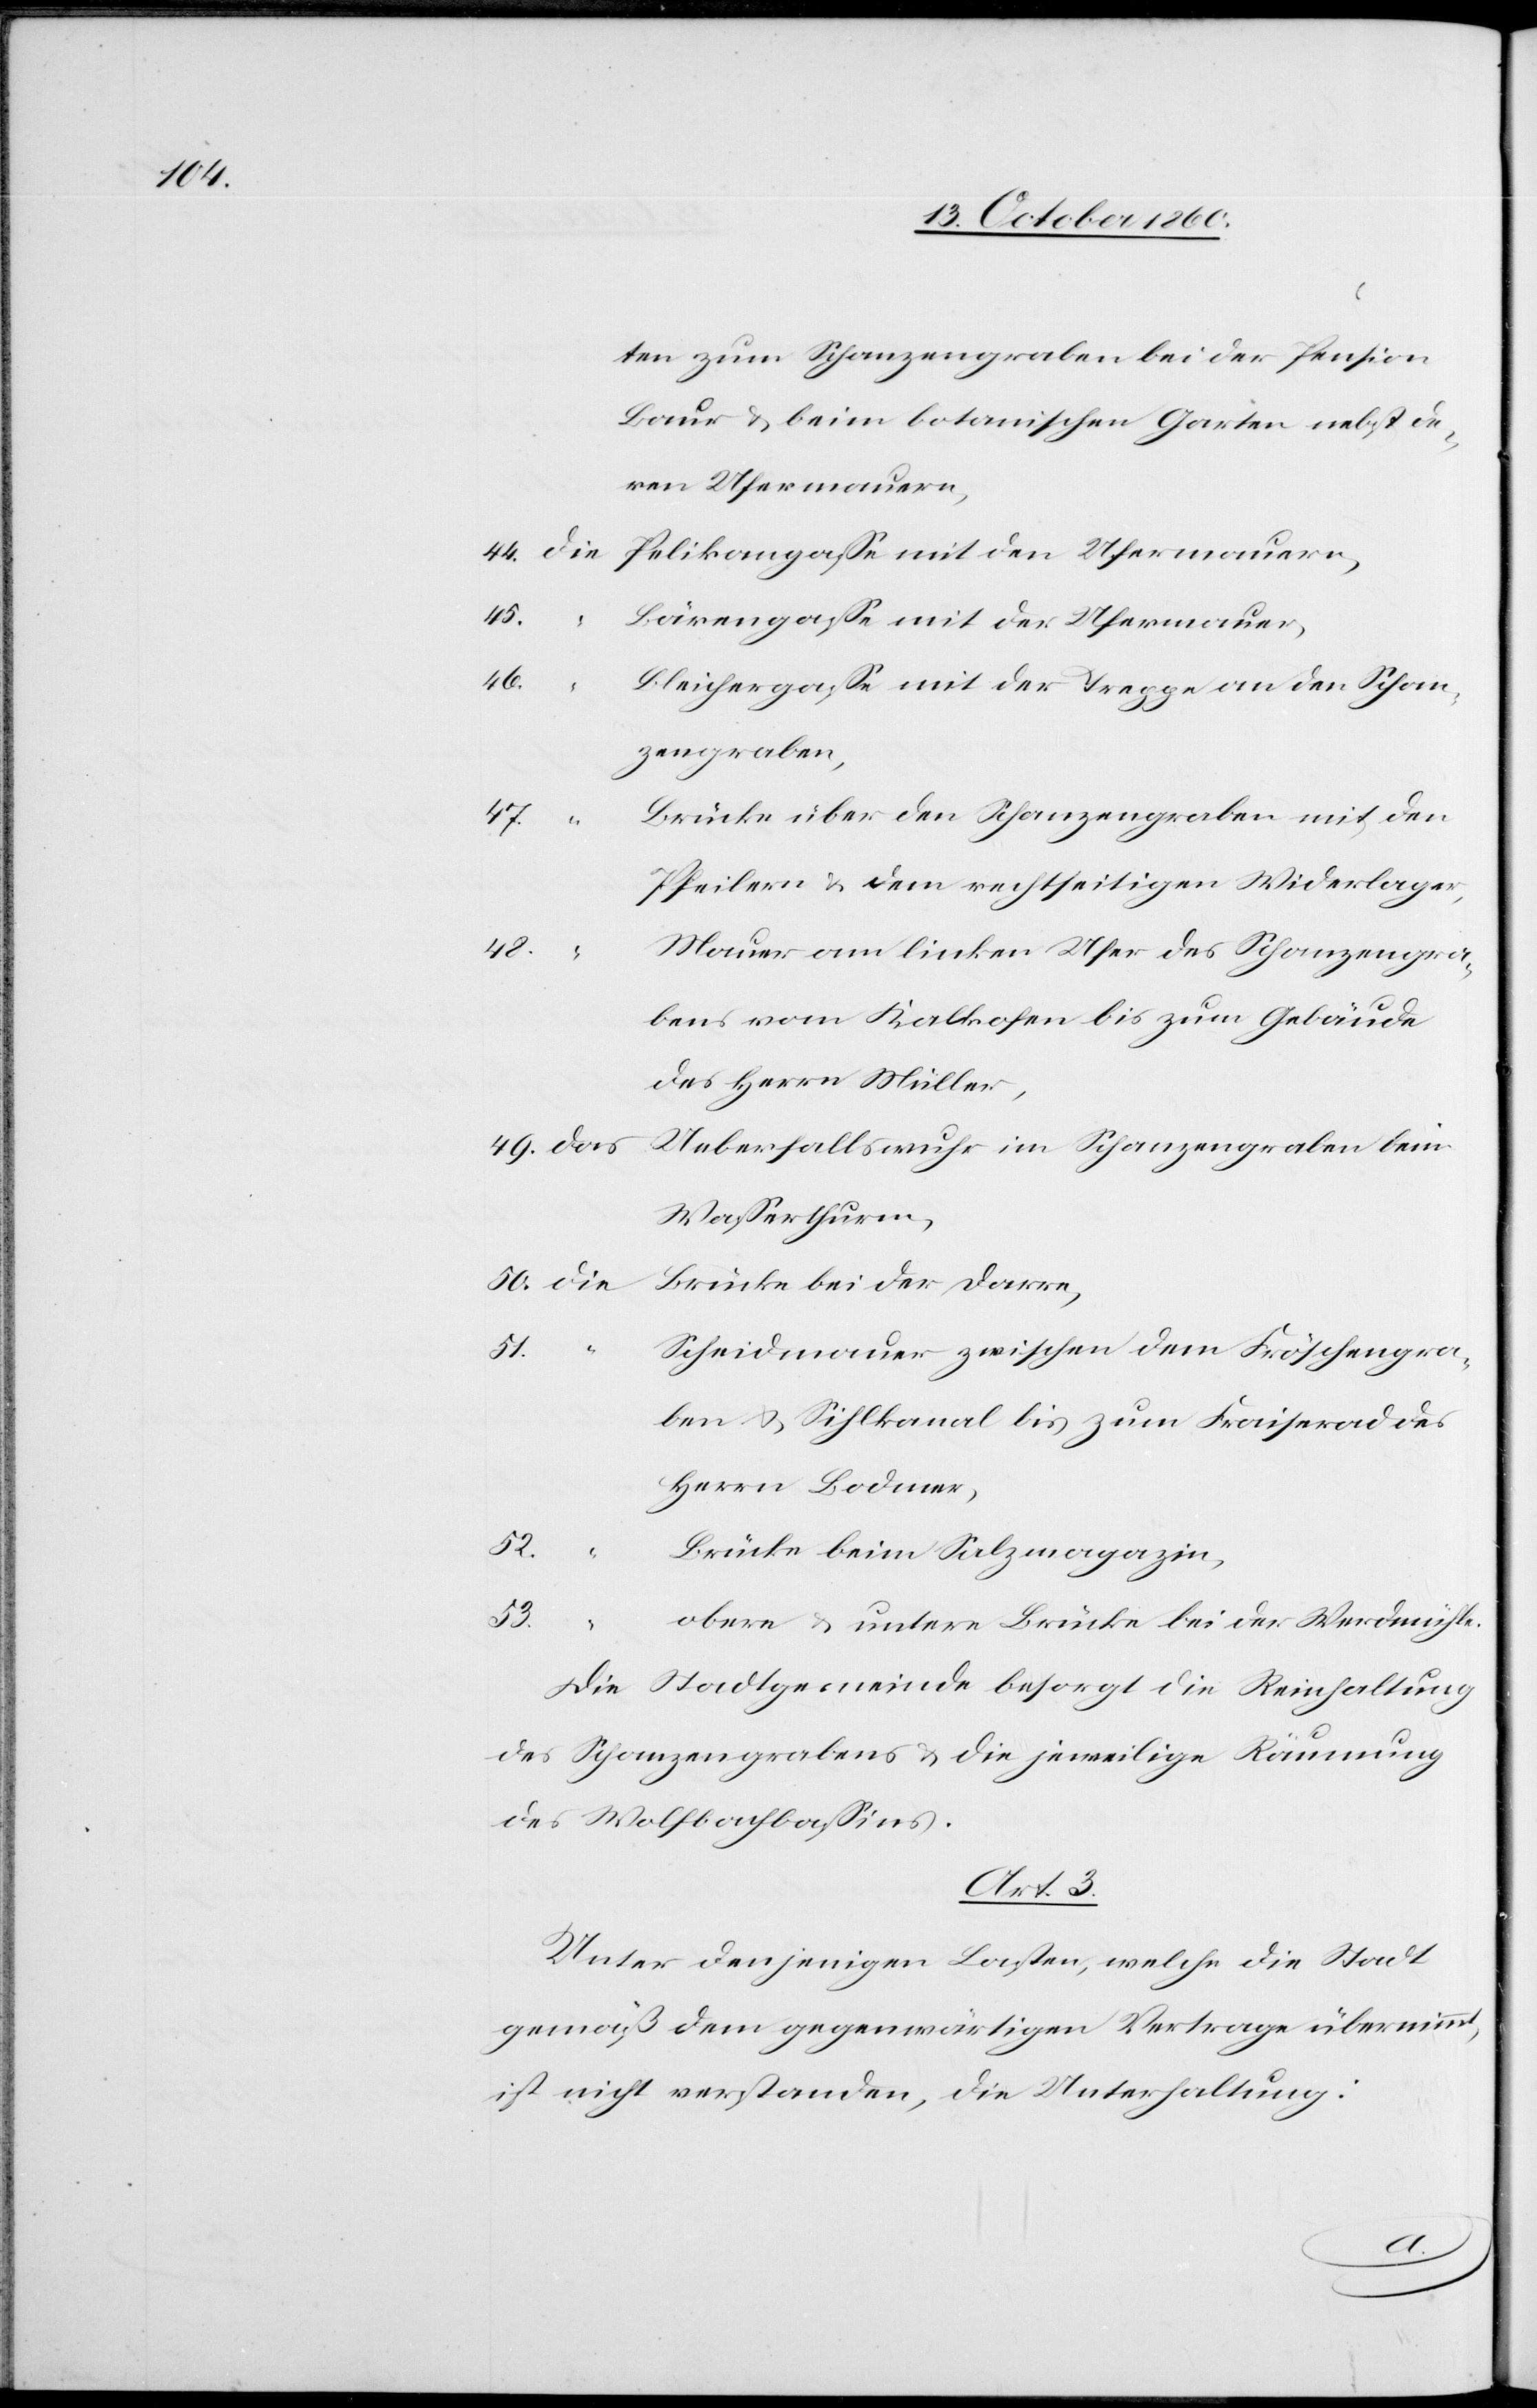
ten zum Schanzengraben bei der Pension
Baur u. beim botanischen Garten nebst de¬
ren Ufermauern,
45.
Bärengasse mit der Ufermauer,
49.
das
Bleichergasse mit der Treppe an den Schan¬
zengraben,
Brücke über den Schanzengraben mit den
Pfeilern u. dem rechtseitigen Widerlager,
48.
Mauer am linken Ufer des Schanzengra¬
bens vom Kalkofen bis zum Gebäude
des Herrn Müller,
Ueberfallswuhr im Schanzengraben beim
Wasserthurm,
Brücke bei der Darre,
“
Scheidmauer zwischen dem Fröschengra¬
52.
ben u. Sihlkanal bis zum Fraiserad des
Herrn Bodmer,
Brücke beim Salzmagazin,
53.
obere u. untere Brücke bei der Werdmühle
Die Stadtgemeinde besorgt die Reinhaltung
des Schanzengrabens u. die jeweilige Räumung
des Wolfbachbassins.
Art. 3.
Unter denjenigen Lasten, welche die Stadt
gemäß dem gegenwärtigen Vertrage übernimmt,
ist nicht verstanden, die Unterhaltung:
die